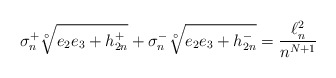
\begin{align*}\sigma_n^+\sqrt[\circ ]{e_2e_3+h_{2n}^+}+\sigma_n^-\sqrt[\circ ]{e_2e_3+h_{2n}^-}= \frac{\ell^2_n }{n^{N+1}}\end{align*}